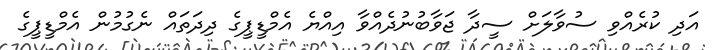
އަދި ކުރެއްވި ސުވާލަށް ސީދާ ޖަވާބުނުދެއްވާ އިއްޔެ އެމްޑީޕީގެ ދިދަތައް ނެގުމުން އެމްޑީޕީގެ